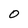
Character: 0